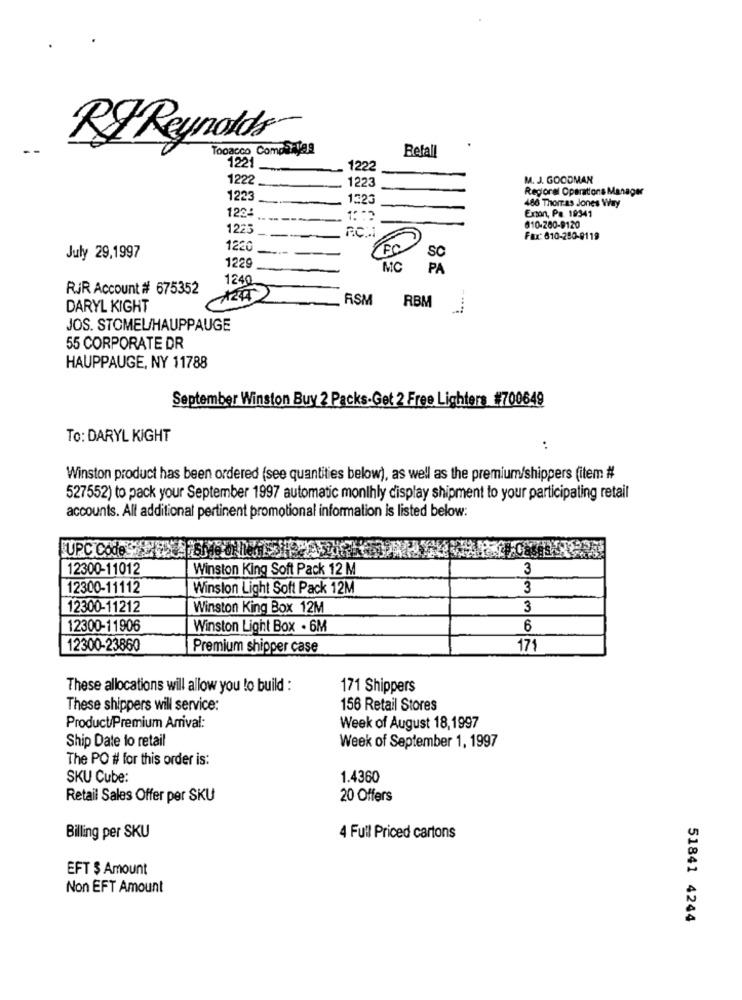
R& Reynolds
Tooacco Compartas
Befall
1221
1222
1222
1223
M. J. GOODMAN
Regional Operations Manager
1223
1323
122:
486 Thorras Jones Way
Exton, Pa. 19341
1: 2
1225
610-200-9120
Fax: 610-280-9119
1220
FC
July 29,1997
1229
SC
MC
PA
1240
RJR Account # 675352
RSM
RBM
DARYL KIGHT
JOS. STOMEL/HAUPPAUGE
55 CORPORATE DR
HAUPPAUGE, NY 11788
September Winston Buy 2 Packs-Get 2 Free Lighters #700649
To: DARYL KIGHT
:
Winston product has been ordered (see quantities below), as well as the premium/shippers (item #
527552) to pack your September 1997 automatic monthly display shipment to your participating retail
accounts. All additional pertinent promotional information is listed below:
UPC Code7
Kty-Cases
12300-11012
Winston King Soft Pack 12 M
3
12300-11112
Winston Light Soft Pack 12M
3
12300-11212
Winston King Box 12M
3
12300-11906
Winston Light Box . 6M
6
12300-23860
Premium shipper case
171
These allocations will allow you to build :
171 Shippers
These shippers will service:
156 Retail Stores
Product/Premium Arrival:
Week of August 18,1997
Ship Date lo retail
Week of September 1, 1997
The PO # for this order is:
SKU Cube:
1.4360
Retail Sales Offer per SKU
20 Offers
Billing per SKU
4 Full Priced cartons
EFT $ Amount
Non EFT Amount
51841 4244